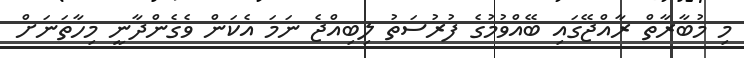
މި މުބާރާތް ރާއްޖޭގައި ބޭއްވުމުގެ ފުރުސަތު ލިބިއްޖެ ނަމަ އެކަން ވެގެންދާނީ މިހާތަނަށް